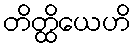
တိတ္ထိယေဟိ